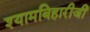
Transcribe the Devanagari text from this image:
श्यामबिहारीजी